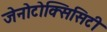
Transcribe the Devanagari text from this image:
जेनोटोक्सिसिटी